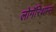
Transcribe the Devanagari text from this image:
लोगॅरिथम्स